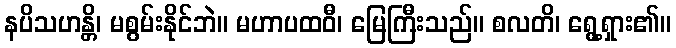
နပိသဟန္တိ၊ မစွမ်းနိုင်ဘဲ။ မဟာပထဝီ၊ မြေကြီးသည်။ စလတိ၊ ရွေ့ရှား၏။